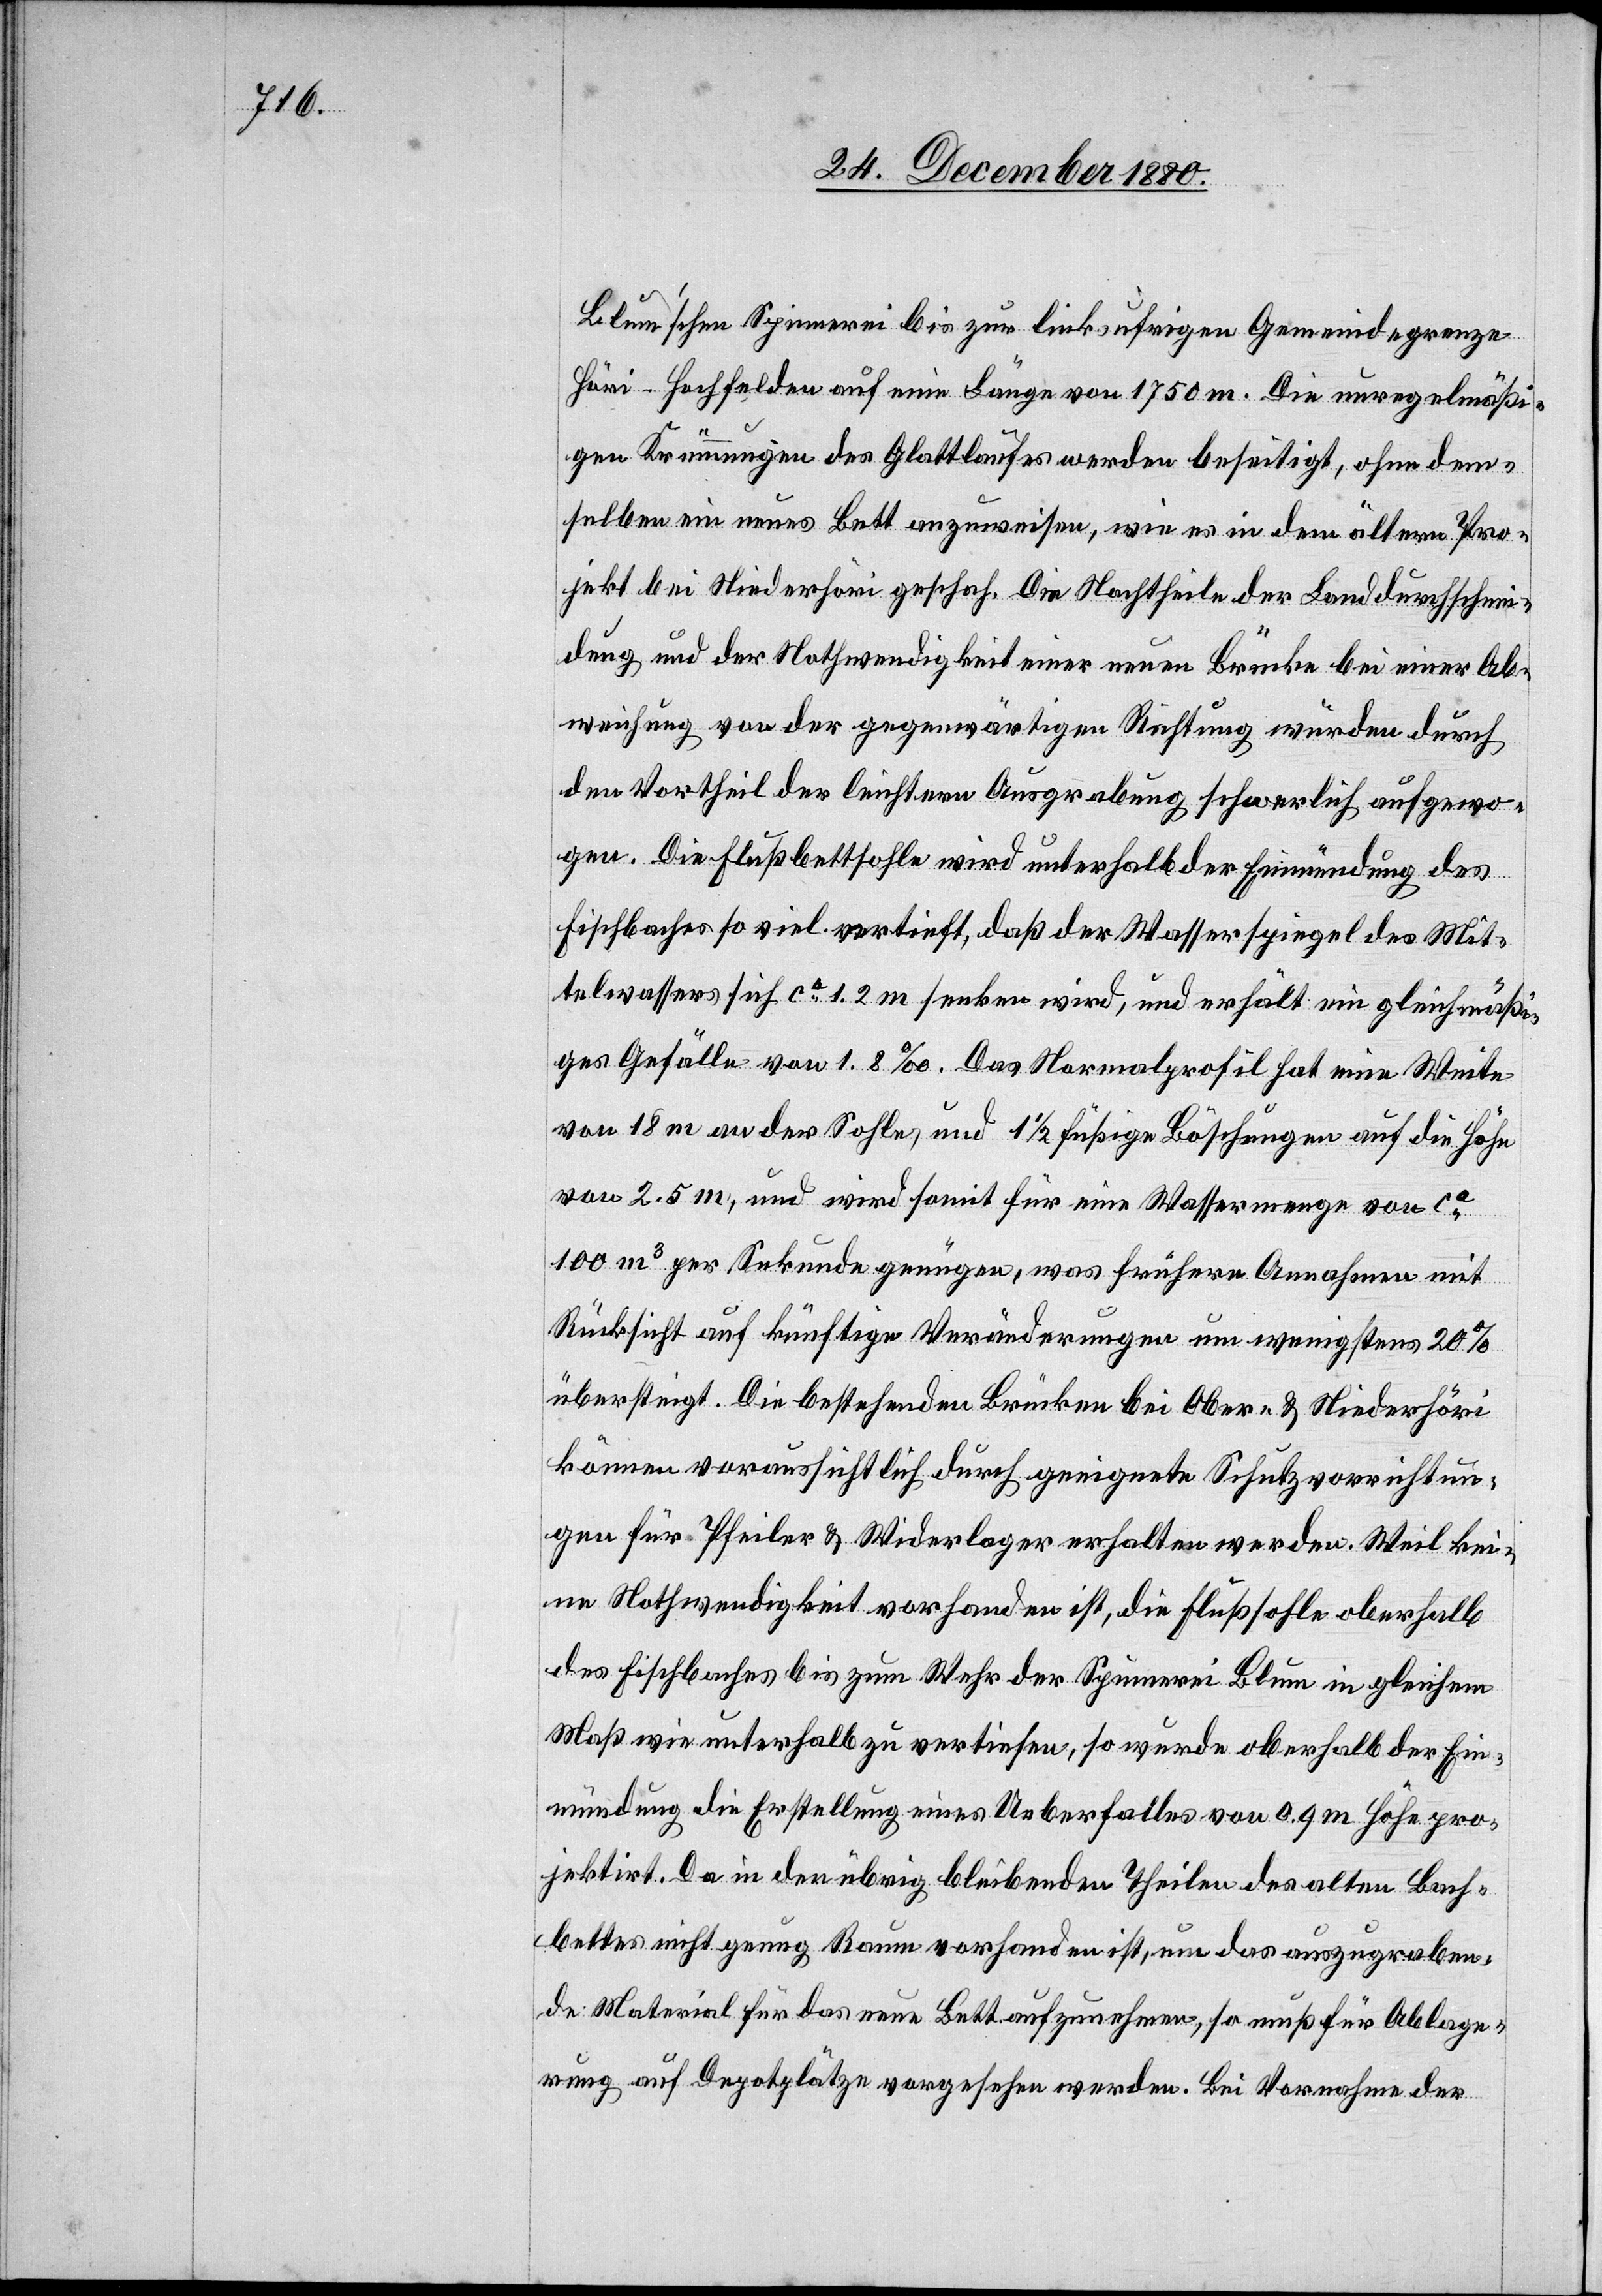
Blum’schen Spinnerei bis zur linksufrigen Gemeindegründe
Höri–Hochfelden auf eine Länge von 1750 m. Die unregelmäßi¬
gen Krümmungen des Glattlaufes werden beseitigt, ohne dem¬
selben ein neues Bett anzuweisen, wie es in dem ältern Pro¬
jekt bei Niederhöri geschah. Die Nachtheile der Landdurchschnei¬
dung und der Nothwendigkeit einer neuen Brücke bei einer Ab¬
weichung von der gegenwärtigen Richtung würden durch
den Vortheil der leichtern Ausgrabung schwerlich aufgewo¬
gen. Die Flußbettsohle wird unterhalb der Einmündung des
Fischbaches so viel vertieft, daß der Wasserspiegel des Mit¬
telwassers sich ca 1.2 m senken wird, und erhält ein gleichmäßi¬
ges Gefälle von 1.8‰. Das Normalprofil hat eine Weite
von 18 m an der Sohle und 1 1/2füßige Böschungen auf die Höhe
von 2.5 m, und wird somit für eine Wassermenge von ca
100 m3 per Sekunde genügen, was frühere Annahmen mit
Rücksicht auf künftige Veränderungen um wenigstens 20%
übersteigt. Die bestehenden Brücken bei Ober- & Niederhöri
können voraussichtlich durch geeignete Schutzvorrichtun¬
gen für Pfeiler & Widerlager erhalten werden. Weil kei¬
ne Nothwendikeit vorhanden ist, die Flußsohle oberhalb
des Fischbaches bis zum Wehr der Spinnerei Blum in gleichem
Maß wie unterhalb zu vertiefen, so wurde oberhalb der Ein¬
mündung die Erstellung eines Ueberfalles von 0.9 m Höhe pro¬
jektirt. Da in den übrig bleibenden Theilen des alten Bach¬
bettes nicht genug Raum vorhanden ist, um das auszugraben¬
de Material für das neue Bett aufzunehmen, so muß für Ablage¬
rung auf Depotplätze vorgesehen werden. Bei Vornahme der